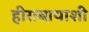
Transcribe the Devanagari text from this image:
हीराबायाशी